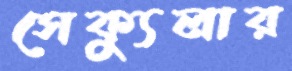
সেক্যুলার